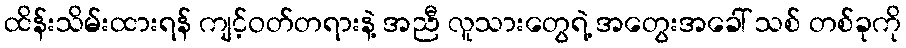
ထိန်းသိမ်းထားရန် ကျင့်ဝတ်တရားနဲ့ အညီ လူသားတွေရဲ့ အတွေးအခေါ် သစ် တစ်ခုကို